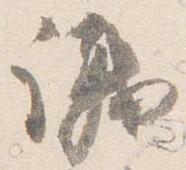
議